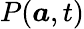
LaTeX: P(\boldsymbol{a},t)